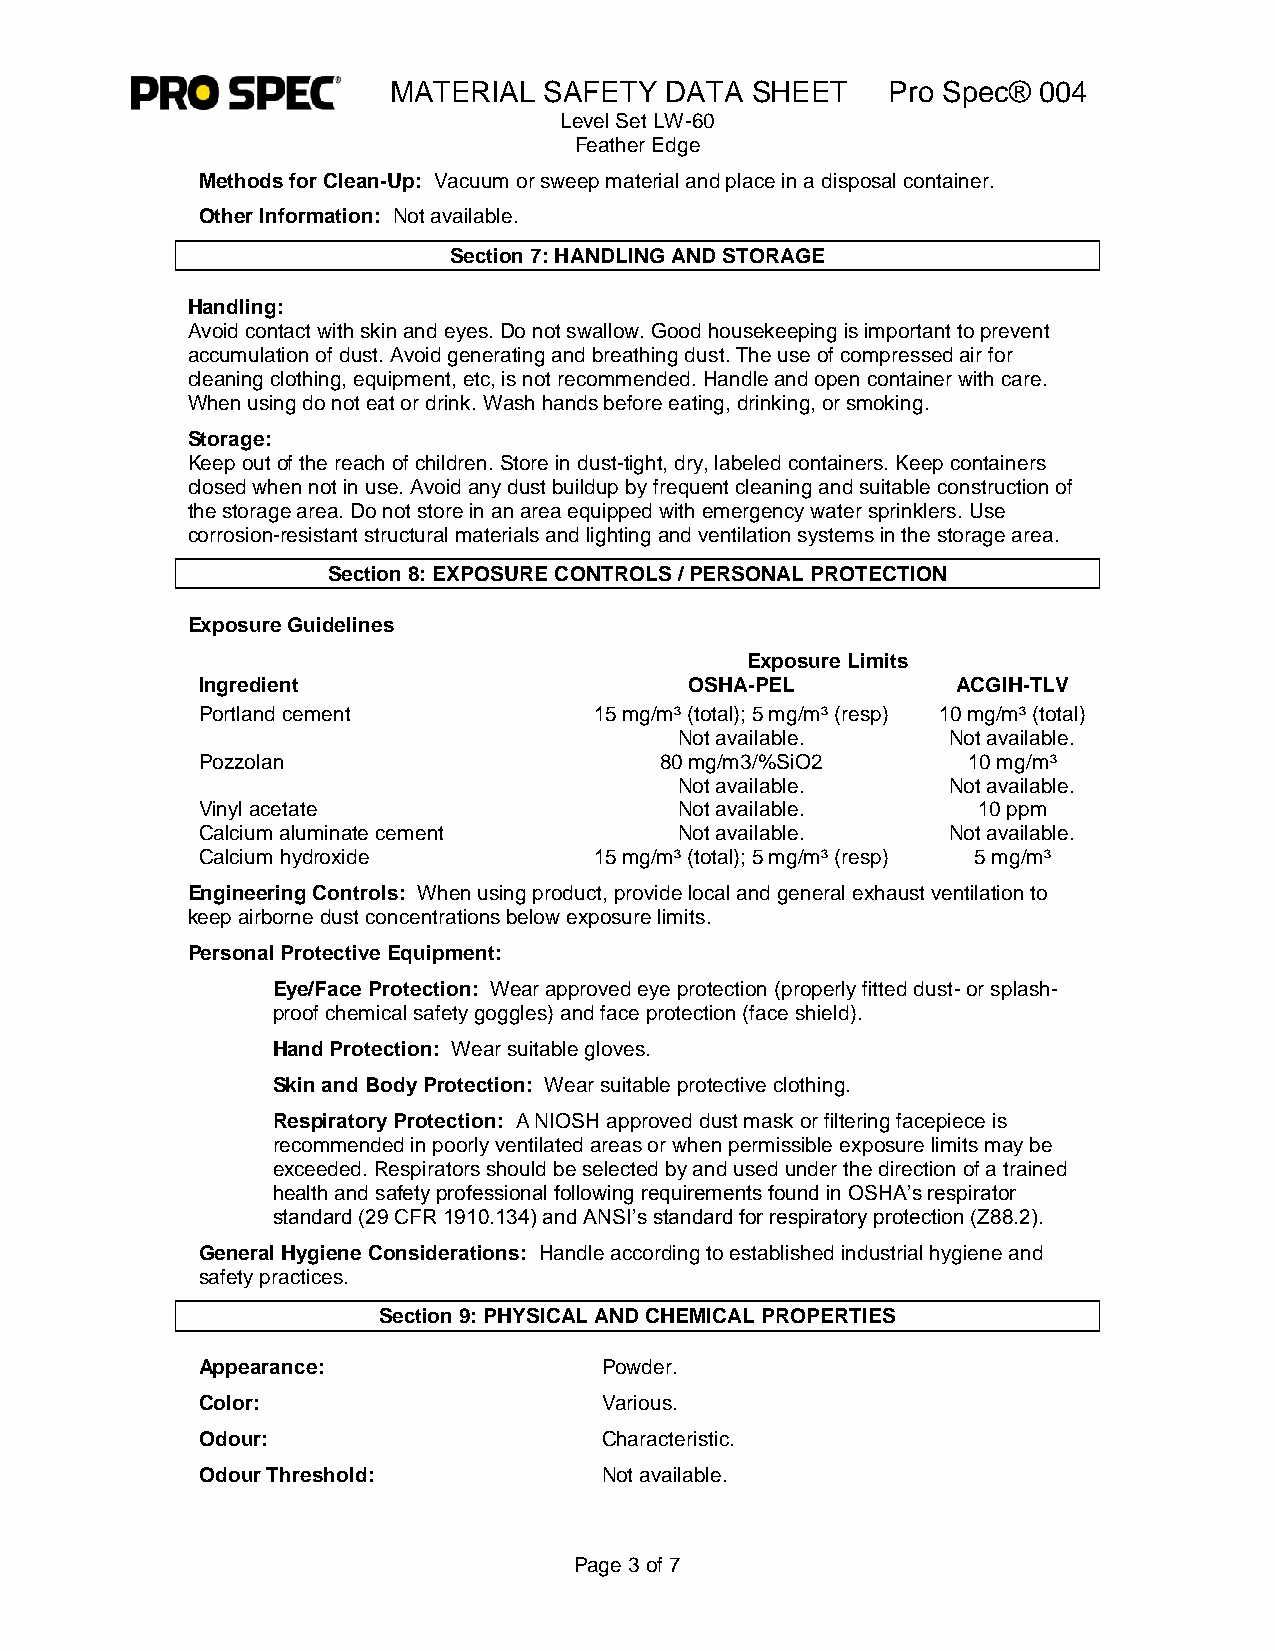
MATERIAL  SAFETY  DATA  SHEET    Pro Spec® 004
 Level Set LW-60
 Feather Edge
 Methods for Clean-Up: Vacuum or sweep material and place in a disposal container.
 Other Information: Not available.
 Section 7: HANDLING AND STORAGE
 Handling:
 Avoid contact with skin and eyes. Do not swallow. Good housekeeping is important to prevent
 accumulation of dust. Avoid generating and breathing dust. The use of compressed air for
 cleaning clothing, equipment, etc, is not recommended. Handle and open container with care.
 When using do not eat or drink. Wash hands before eating, drinking, or smoking.
 Storage:
 Keep out of the reach of children. Store in dust-tight, dry, labeled containers. Keep containers
 closed when not in use. Avoid any dust buildup by frequent cleaning and suitable construction of
 the storage area. Do not store in an area equipped with emergency water sprinklers. Use
 corrosion-resistant structural materials and lighting and ventilation systems in the storage area.
 Section 8: EXPOSURE CONTROLS / PERSONAL PROTECTION
 Exposure Guidelines
 Exposure Limits
 Ingredient                       OSHA-PEL         ACGIH-TLV
 Portland cement           15 mg/m³ (total); 5 mg/m³ (resp) 10 mg/m³ (total)
 Not available.    Not available.
 Pozzolan                       80 mg/m3/%SiO2      10 mg/m³
 Not available.    Not available.
 Vinyl acetate                   Not available.      10 ppm
 Calcium aluminate cement        Not available.    Not available.
 Calcium hydroxide         15 mg/m³ (total); 5 mg/m³ (resp) 5 mg/m³
 Engineering Controls: When using product, provide local and general exhaust ventilation to
 keep airborne dust concentrations below exposure limits.
 Personal Protective Equipment:
 Eye/Face Protection: Wear approved eye protection (properly fitted dust- or splash-
 proof chemical safety goggles) and face protection (face shield).
 Hand Protection: Wear suitable gloves.
 Skin and Body Protection: Wear suitable protective clothing.
 Respiratory Protection: A NIOSH approved dust mask or filtering facepiece is
 recommended in poorly ventilated areas or when permissible exposure limits may be
 exceeded. Respirators should be selected by and used under the direction of a trained
 health and safety professional following requirements found in OSHA’s respirator
 standard (29 CFR 1910.134) and ANSI’s standard for respiratory protection (Z88.2).
 General Hygiene Considerations: Handle according to established industrial hygiene and
 safety practices.
 Section 9: PHYSICAL AND CHEMICAL PROPERTIES
 Appearance:                Powder.
 Color:                     Various.
 Odour:                     Characteristic.
 Odour Threshold:           Not available.
 Page 3 of 7